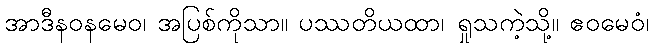
အာဒီနဝနမေဝ၊ အပြစ်ကိုသာ။ ပဿတိယထာ၊ ရှုသကဲ့သို့။ ဧဝမေဝံ၊